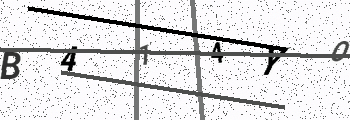
Text: B414YO